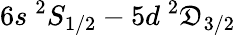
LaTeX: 6s~^{2}S_{1/2}-5d~^{2}\mathfrak{D}_{3/2}